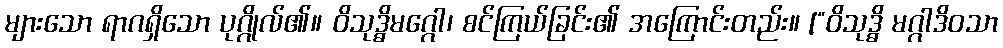
များသော ရာဂရှိသော ပုဂ္ဂိုလ်၏။ ဝိသုဒ္ဓိမဂ္ဂေါ၊ စင်ကြယ်ခြင်း၏ အကြောင်းတည်း။ [“ဝိသုဒ္ဓိ မဂ္ဂါဒိဝသာ